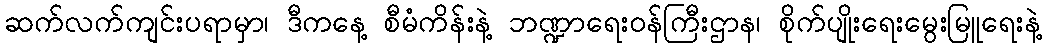
ဆက်လက်ကျင်းပရာမှာ၊ ဒီကနေ့ စီမံကိန်းနဲ့ ဘဏ္ဍာရေးဝန်ကြီးဌာန၊ စိုက်ပျိုးရေးမွေးမြူရေးနဲ့